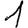
Digit: 1